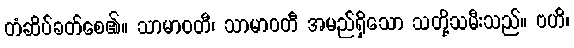
တံဆိပ်ခတ်စေ၏။ သာမာဝတီ၊ သာမာဝတီ အမည်ရှိသော သတို့သမီးသည်။ ဗဟိ၊